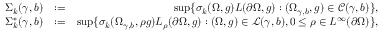
\begin{array} { r l r } { \Sigma _ { k } ( \gamma , b ) } & { : = } & { \operatorname* { s u p } \{ \sigma _ { k } ( \Omega , g ) L ( \partial \Omega , g ) : ( \Omega _ { \gamma , b } , g ) \in \mathcal { C } ( \gamma , b ) \} , } \\ { \Sigma _ { k } ^ { * } ( \gamma , b ) } & { : = } & { \operatorname* { s u p } \{ \sigma _ { k } ( \Omega _ { \gamma , b } , { \rho } g ) L _ { \rho } ( \partial \Omega , g ) : ( \Omega , g ) \in \mathcal { L } ( \gamma , b ) , 0 \le \rho \in L ^ { \infty } ( \partial \Omega ) \} , } \end{array}